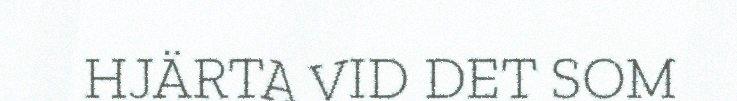
HJÄRTA VID DET SOM